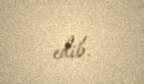
edib.